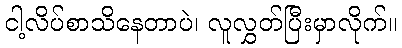
ငါ့လိပ်စာသိနေတာပဲ၊ လူလွှတ်ပြီးမှာလိုက်။